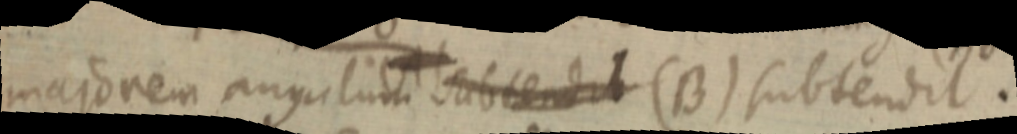
majorem angulum subtendit (B) subtendit.